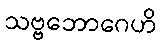
သဗ္ဗဘောဂေဟိ